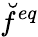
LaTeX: \breve{f}^{eq}